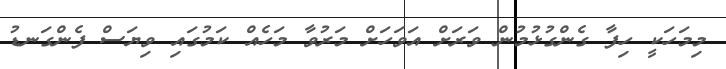
މިމަހަކީ ހިފާ ގެންގުޅުމުން ވަރަށް އަވަހަށް މަރުވާ މަހެއް ކަމުގައި ވިޔަސް ފެންގަނޑު